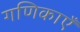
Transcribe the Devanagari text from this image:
गणिकाएँ